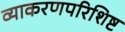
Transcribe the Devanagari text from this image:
व्याकरणपरिशिष्ट